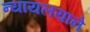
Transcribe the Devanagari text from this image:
न्यायलयाने